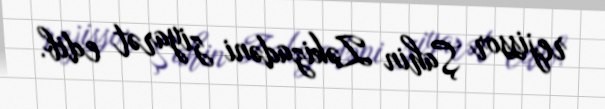
rejissor Şahin Zəkizadəni ziyarət edib.